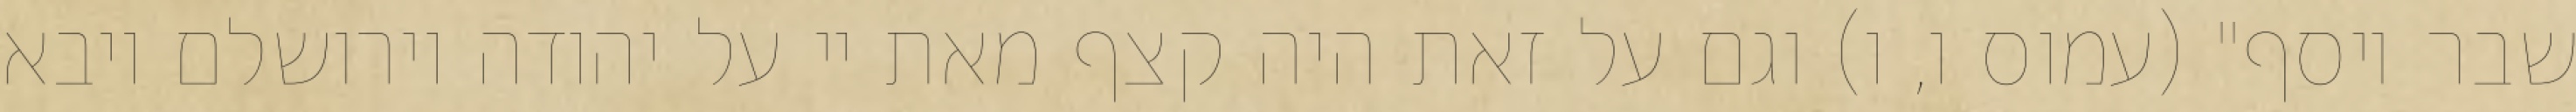
שבר יוסף" (עמוס ו, ו) וגם על זאת היה קצף מאת יי על יהודה וירושלם ויבא